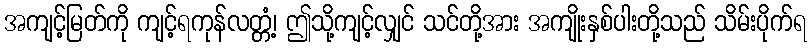
အကျင့်မြတ်ကို ကျင့်ရကုန်လတ္တံ့၊ ဤသို့ကျင့်လျှင် သင်တို့အား အကျိုးနှစ်ပါးတို့သည် သိမ်းပိုက်ရ